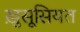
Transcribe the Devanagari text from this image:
खु़सूसियत